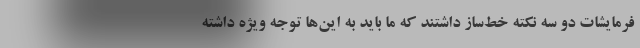
فرمایشات دو سه نکته خط‌ساز داشتند که ما باید به این‌ها توجه ویژه داشته